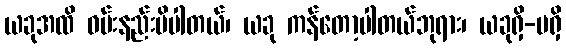
ယခုအထိ ဝမ်းနည်းမိပါတယ်၊ ယခု ကန်တော့ပါတယ်ဘုရား၊ ယခုရှိ-မရှိ